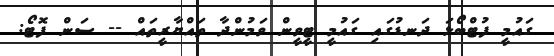
ގައުމީ ފުޓްބޯޅަ ދަނޑުގައި ގައުމީ ޓީވީން ވަމުންދާ ތައްޔާރީތައް -- ސަން ފޮޓޯ: